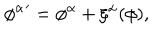
{ \phi ^ { \alpha } } ^ { \prime } = \phi ^ { \alpha } + \xi ^ { \alpha } ( \phi ) ,